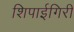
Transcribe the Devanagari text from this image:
शिपाईगिरी